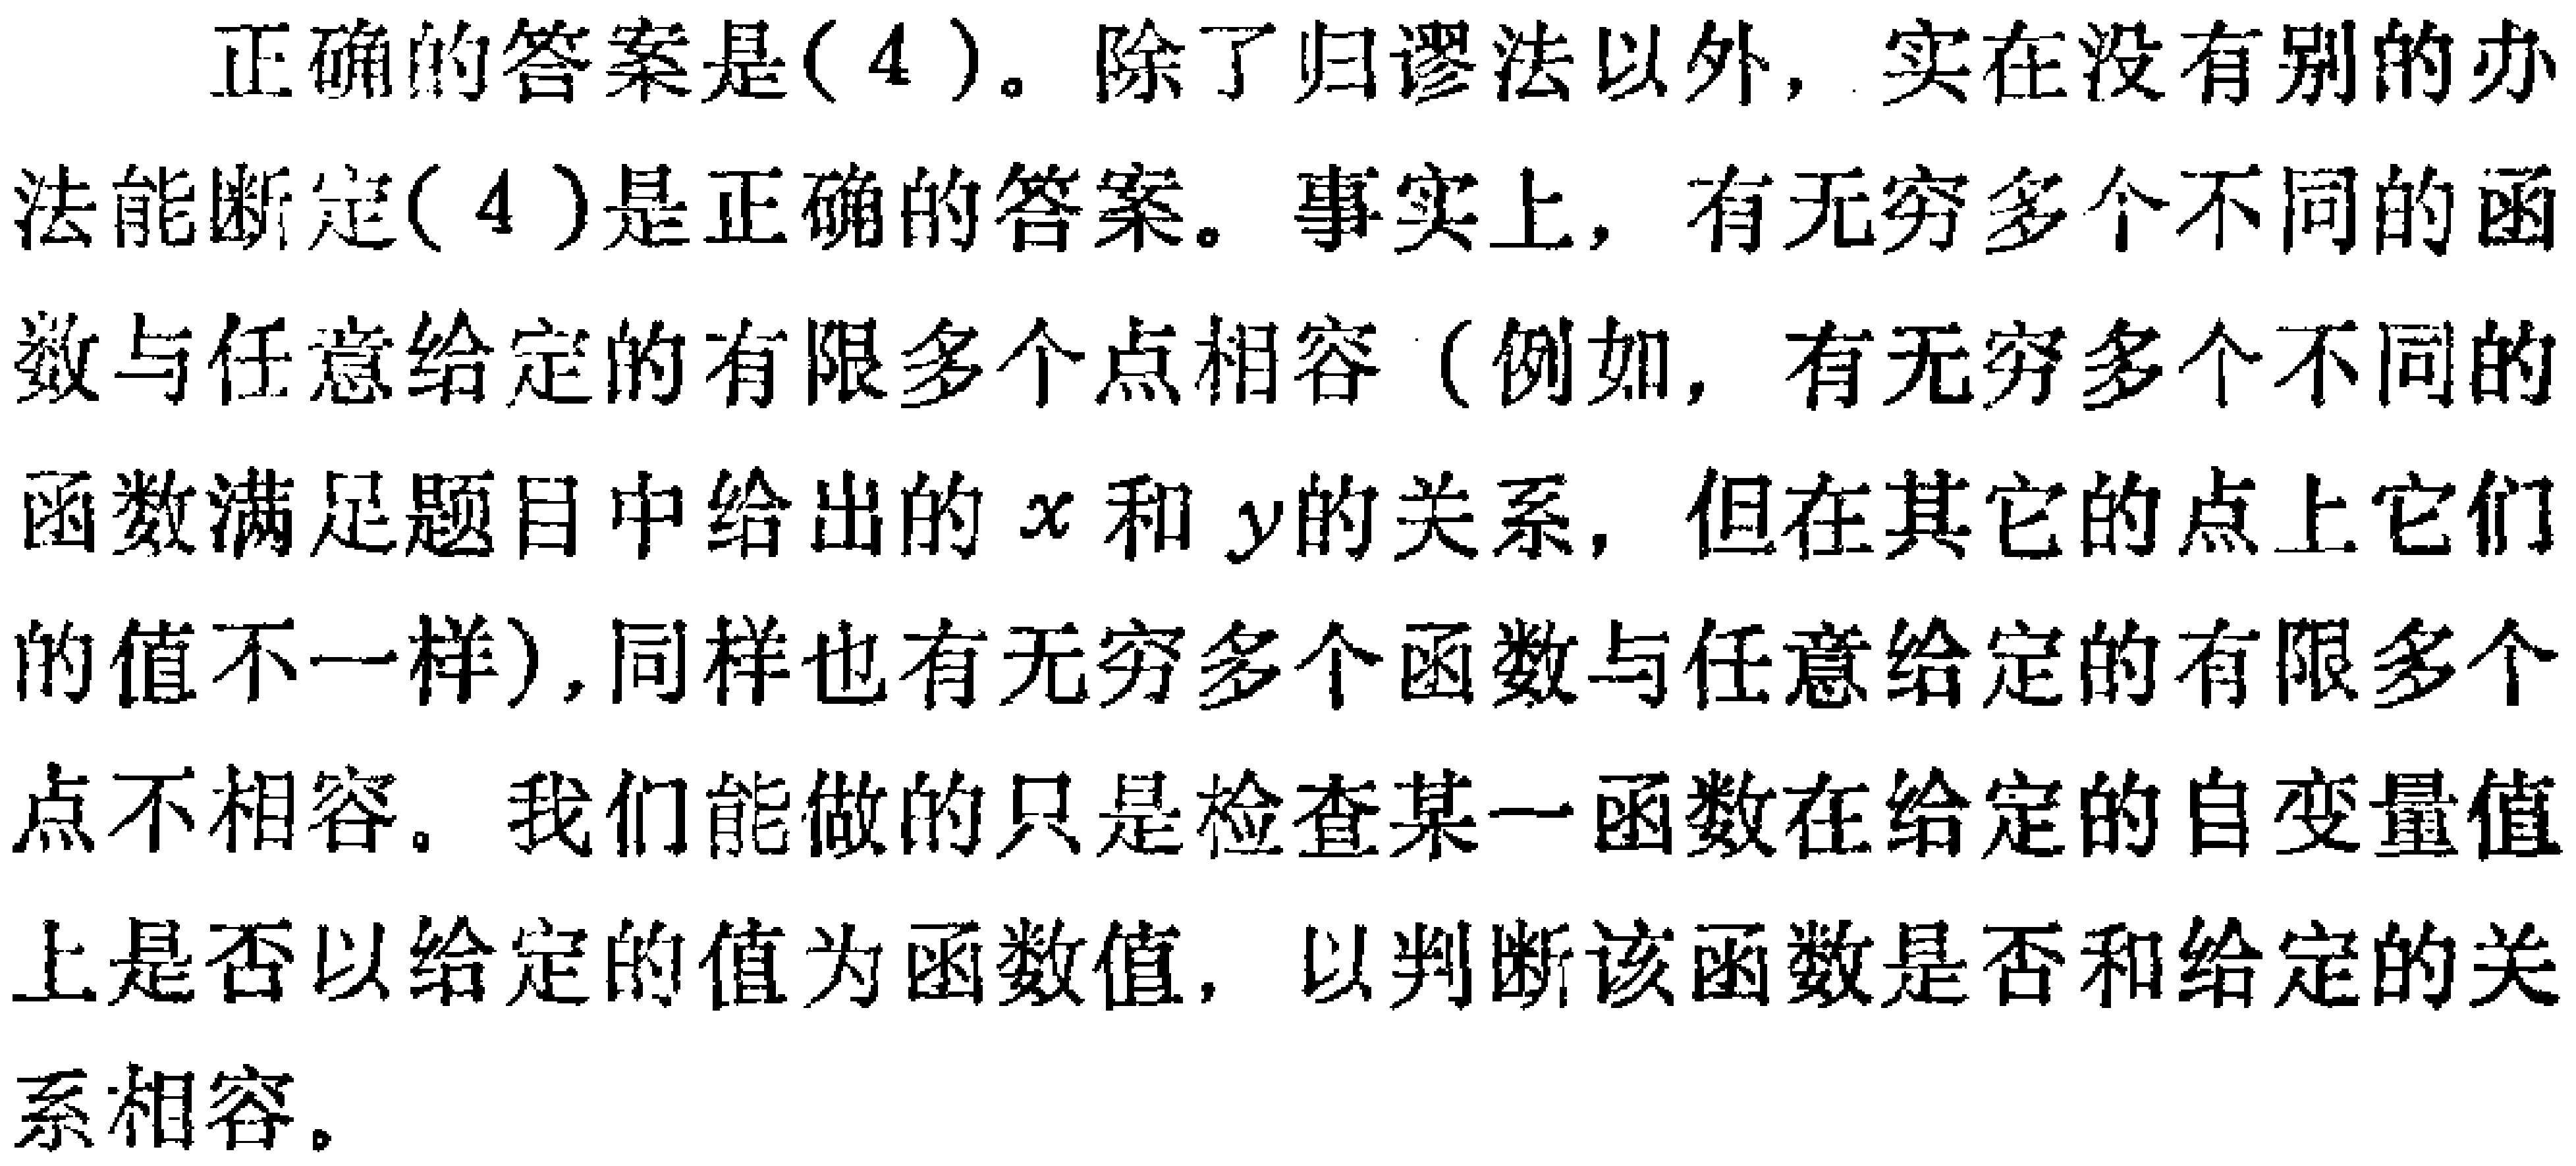
正确的答案是(4)。除了归谬法以外，实在没有别的办法能断定(4)是正确的答案。事实上，有无穷多个不同的函数与任意给定的有限多个点相容（例如，有无穷多个不同的函数满足题目中给出的\(x\)和\(y\)的关系，但在其它的点上它们的值不一样），同样也有无穷多个函数与任意给定的有限多个点不相容。我们能做的只是检查某一函数在给定的自变量值上是否以给定的值为函数值，以判断该函数是否和给定的关系相容。